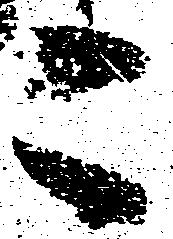
こ